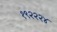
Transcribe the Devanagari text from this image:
१९२२२४